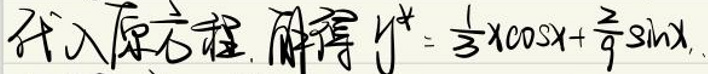
代入原方程，解得\(y^*=\frac{1}{3}x\cos x+\frac{2}{9}\sin x.\)